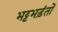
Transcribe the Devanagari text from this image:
भट्टभड़ंतों